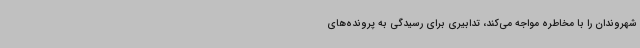
شهروندان را با مخاطره مواجه می‌کند، تدابیری برای رسیدگی به پرونده‌های